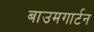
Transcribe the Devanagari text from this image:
बाउमगार्टन